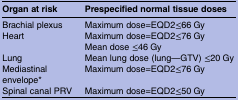
<table><thead><tr><td><b>Organ at risk</b></td><td><b>Prespecified normal tissue doses</b></td></tr></thead><tbody><tr><td>Brachial plexus</td><td>Maximum dose=EQD2≤66 Gy</td></tr><tr><td>Heart</td><td>Maximum dose=EQD2≤76 GyMean dose ≤46 Gy</td></tr><tr><td>Lung</td><td>Mean lung dose (lung—GTV) ≤20 Gy</td></tr><tr><td>Mediastinal envelope*</td><td>Maximum dose=EQD2≤76 Gy</td></tr><tr><td>Spinal canal PRV</td><td>Maximum dose=EQD2≤50 Gy</td></tr></tbody></table>